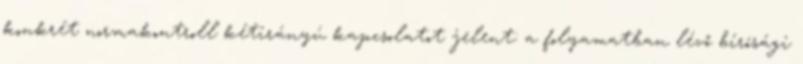
konkrét normakontroll kétirányú kapcsolatot jelent: a folyamatban lévő bírósági